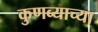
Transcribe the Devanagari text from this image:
कुणब्याच्या